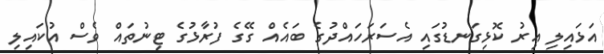
އަޅައިލި އިރު ކޮޅިގަނޑުގައި އެސަރަހައްދުގެ ބައެއް ގޭގެ ފުރާޅުގެ ޓިނުތައް ވެސް އުކައިލި